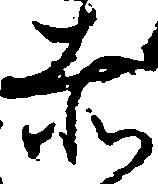
赤